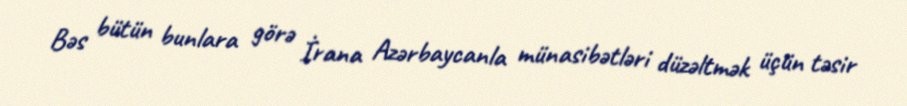
Bəs bütün bunlara görə İrana Azərbaycanla münasibətləri düzəltmək üçün təsir